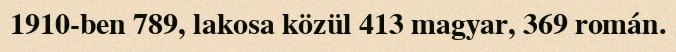
1910-ben 789, lakosa közül 413 magyar, 369 román.